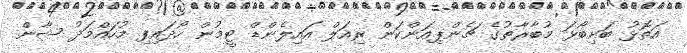
އަތޮޅު ބަށިބޯޅަ މުބާރާތުގެ ޗެންޕިއަންކަން ރިއަލް އައިލެންޑް ޓީމުން ހޯދައިފި މުހައްމަދު ޝާން